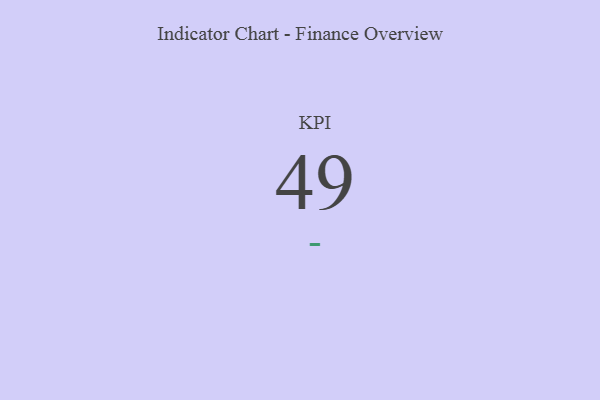
{"axis": {"x": "KPI", "y": "Value"}, "legend": [""], "data": [{"x": "KPI", "y": 49, "type": ""}]}